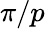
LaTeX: \pi/p